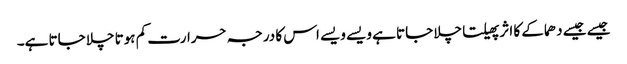
جیسے جیسے دھماکے کا اثر پھیلتا چلا جاتا ہے ویسے ویسے اس کا درجہ حرارت کم ہوتا چلا جاتا ہے۔